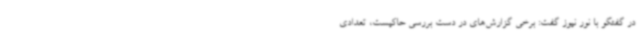
در گفتگو با نور نیوز گفت: برخی گزارش‌های در دست بررسی حاکیست، تعدادی